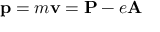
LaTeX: \mathbf { p } = m \mathbf { v } = \mathbf { P } - e \mathbf { A }